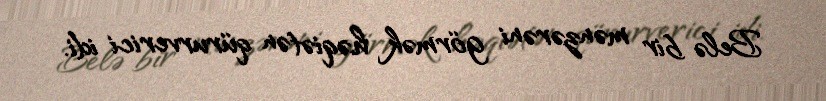
Belə bir mənzərəni görmək həqiətən qürurverici idi.